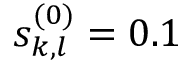
s _ { k , l } ^ { ( 0 ) } = 0 . 1